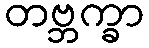
တဗ္ဘက္ခာ